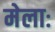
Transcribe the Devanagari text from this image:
मेलाः